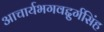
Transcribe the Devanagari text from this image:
आचार्यभगवद्दुर्गसिंह